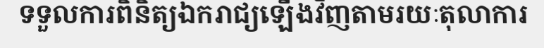
ទទួលការពិនិត្យឯករាជ្យឡើងវិញតាមរយៈតុលាការ